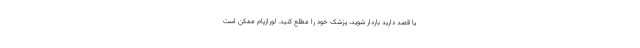
یا قصد دارید باردار شوید، پزشک خود را مطلع کنید. لورازپام ممکن است